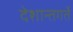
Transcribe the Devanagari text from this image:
देशान्तगर्ते